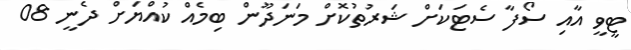
ޓީވީ އާއި ސޯފާ ސެޓަކަށް ޝަރުތުކޮށް މަނަދޫން ބިމެއް ކުއްޔަށް ދެނީ 08